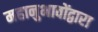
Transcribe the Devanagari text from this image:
महानुभावोंद्वारा